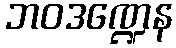
ဘဝဒဏ္ဍေန